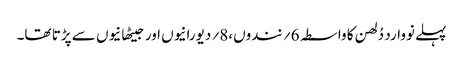
پہلے نووارد دُلھن کا واسطہ 6؍ نندوں،8؍ دیورانیوں اور جیٹھانیوں سے پڑتا تھا۔